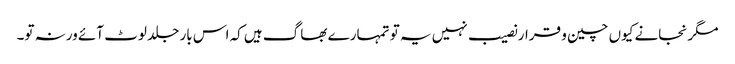
مگر نجانے کیوں چین و قرار نصیب نہیں یہ تو تمہارے بھاگ ہیں کہ اس بار جلد لوٹ آئے ورنہ تو۔